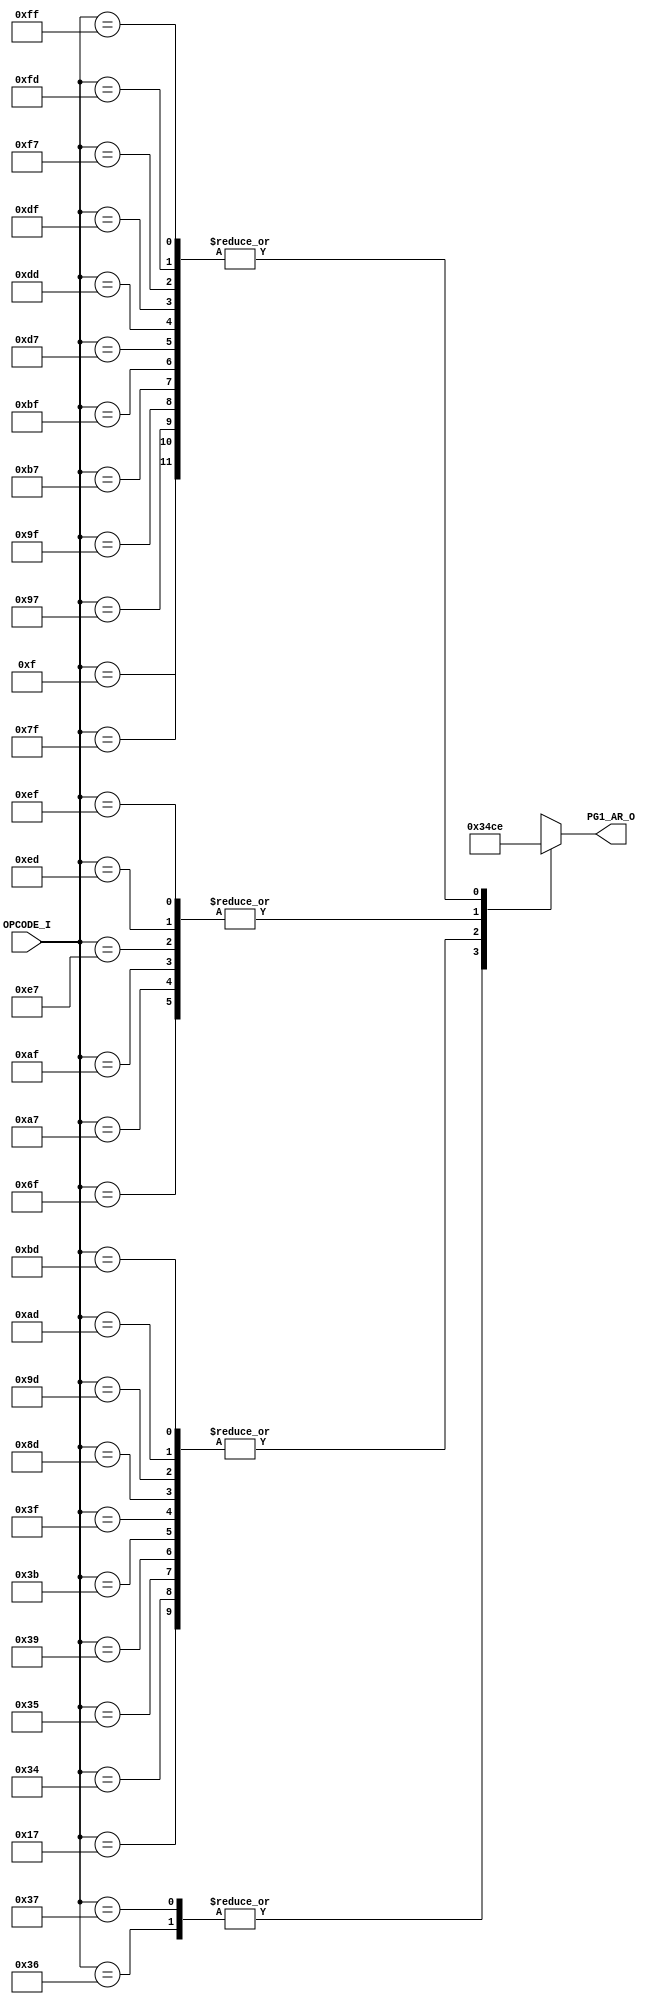
// [TURBO9_DECODE_HEADER_START]
//////////////////////////////////////////////////////////////////////////////
//                          Turbo9 Microprocessor IP
//////////////////////////////////////////////////////////////////////////////
// Website: www.turbo9.org
// Contact: team[at]turbo9[dot]org
//////////////////////////////////////////////////////////////////////////////
// [TURBO9_DECODE_LICENSE_START]
// BSD-1-Clause
//
// Copyright (c) 2020-2023
// Kevin Phillipson
// Michael Rywalt
// All rights reserved.
//
// Redistribution and use in source and binary forms, with or without
// modification, are permitted provided that the following conditions are met:
//
// 1. Redistributions of source code must retain the above copyright notice,
//    this list of conditions and the following disclaimer.
//
// THIS SOFTWARE IS PROVIDED BY THE COPYRIGHT HOLDERS AND CONTRIBUTORS "AS IS"
// AND ANY EXPRESS OR IMPLIED WARRANTIES, INCLUDING, BUT NOT LIMITED TO, THE
// IMPLIED WARRANTIES OF MERCHANTABILITY AND FITNESS FOR A PARTICULAR PURPOSE
// ARE DISCLAIMED. IN NO EVENT SHALL THE COPYRIGHT HOLDERS AND CONTRIBUTORS BE
// LIABLE FOR ANY DIRECT, INDIRECT, INCIDENTAL, SPECIAL, EXEMPLARY, OR
// CONSEQUENTIAL DAMAGES (INCLUDING, BUT NOT LIMITED TO, PROCUREMENT OF
// SUBSTITUTE GOODS OR SERVICES; LOSS OF USE, DATA, OR PROFITS; OR BUSINESS
// INTERRUPTION) HOWEVER CAUSED AND ON ANY THEORY OF LIABILITY, WHETHER IN
// CONTRACT, STRICT LIABILITY, OR TORT (INCLUDING NEGLIGENCE OR OTHERWISE)
// ARISING IN ANY WAY OUT OF THE USE OF THIS SOFTWARE, EVEN IF ADVISED OF THE
// POSSIBILITY OF SUCH DAMAGE.
// [TURBO9_DECODE_LICENSE_END]
//////////////////////////////////////////////////////////////////////////////
// Description:
// Assembled from turbo9_urtl.asm file
// built using cv_AR_SEL ctrl_vec
//
//////////////////////////////////////////////////////////////////////////////
// History:
// 07.14.2023 - Kevin Phillipson
//   File header added
//
//////////////////////////////////////////////////////////////////////////////
// [TURBO9_DECODE_HEADER_END]

/////////////////////////////////////////////////////////////////////////////
//                                MODULE
/////////////////////////////////////////////////////////////////////////////
module turbo9_urtl_decode_pg1_AR(
  input      [7:0] OPCODE_I,
  output reg [3:0] PG1_AR_O
);

/////////////////////////////////////////////////////////////////////////////
//                                LOGIC
/////////////////////////////////////////////////////////////////////////////

always @* begin
  case (OPCODE_I)
    8'h0F : PG1_AR_O = 4'he; // IDATA       CLR (dir ext)
    8'h17 : PG1_AR_O = 4'h4; // S           BSR LBSR
    8'h34 : PG1_AR_O = 4'h4; // S           PSHS
    8'h35 : PG1_AR_O = 4'h4; // S           PULS
    8'h36 : PG1_AR_O = 4'h3; // U           PSHU
    8'h37 : PG1_AR_O = 4'h3; // U           PULU
    8'h39 : PG1_AR_O = 4'h4; // S           RTS
    8'h3B : PG1_AR_O = 4'h4; // S           RTI
    8'h3F : PG1_AR_O = 4'h4; // S           SWI
    8'h6F : PG1_AR_O = 4'hc; // EA          CLR (idx)
    8'h7F : PG1_AR_O = 4'he; // IDATA       CLR (dir ext)
    8'h8D : PG1_AR_O = 4'h4; // S           BSR LBSR
    8'h97 : PG1_AR_O = 4'he; // IDATA       STA (dir ext)
    8'h9D : PG1_AR_O = 4'h4; // S           JSR (dir ext)
    8'h9F : PG1_AR_O = 4'he; // IDATA       STX (dir ext)
    8'hA7 : PG1_AR_O = 4'hc; // EA          STA (idx)
    8'hAD : PG1_AR_O = 4'h4; // S           JSR (idx)
    8'hAF : PG1_AR_O = 4'hc; // EA          STX (idx)
    8'hB7 : PG1_AR_O = 4'he; // IDATA       STA (dir ext)
    8'hBD : PG1_AR_O = 4'h4; // S           JSR (dir ext)
    8'hBF : PG1_AR_O = 4'he; // IDATA       STX (dir ext)
    8'hD7 : PG1_AR_O = 4'he; // IDATA       STB (dir ext)
    8'hDD : PG1_AR_O = 4'he; // IDATA       STD (dir ext)
    8'hDF : PG1_AR_O = 4'he; // IDATA       STU (dir ext)
    8'hE7 : PG1_AR_O = 4'hc; // EA          STB (idx)
    8'hED : PG1_AR_O = 4'hc; // EA          STD (idx)
    8'hEF : PG1_AR_O = 4'hc; // EA          STU (idx)
    8'hF7 : PG1_AR_O = 4'he; // IDATA       STB (dir ext)
    8'hFD : PG1_AR_O = 4'he; // IDATA       STD (dir ext)
    8'hFF : PG1_AR_O = 4'he; // IDATA       STU (dir ext)
    default : PG1_AR_O = 4'hx; // from decode_init
  endcase
end

`ifdef SIM_TURBO9

reg [(8*64):0] PG1_AR_op;

always @* begin
  case (OPCODE_I)
    8'h0F : PG1_AR_op = "CLR (dir ext)";
    8'h17 : PG1_AR_op = "BSR LBSR";
    8'h34 : PG1_AR_op = "PSHS";
    8'h35 : PG1_AR_op = "PULS";
    8'h36 : PG1_AR_op = "PSHU";
    8'h37 : PG1_AR_op = "PULU";
    8'h39 : PG1_AR_op = "RTS";
    8'h3B : PG1_AR_op = "RTI";
    8'h3F : PG1_AR_op = "SWI";
    8'h6F : PG1_AR_op = "CLR (idx)";
    8'h7F : PG1_AR_op = "CLR (dir ext)";
    8'h8D : PG1_AR_op = "BSR LBSR";
    8'h97 : PG1_AR_op = "STA (dir ext)";
    8'h9D : PG1_AR_op = "JSR (dir ext)";
    8'h9F : PG1_AR_op = "STX (dir ext)";
    8'hA7 : PG1_AR_op = "STA (idx)";
    8'hAD : PG1_AR_op = "JSR (idx)";
    8'hAF : PG1_AR_op = "STX (idx)";
    8'hB7 : PG1_AR_op = "STA (dir ext)";
    8'hBD : PG1_AR_op = "JSR (dir ext)";
    8'hBF : PG1_AR_op = "STX (dir ext)";
    8'hD7 : PG1_AR_op = "STB (dir ext)";
    8'hDD : PG1_AR_op = "STD (dir ext)";
    8'hDF : PG1_AR_op = "STU (dir ext)";
    8'hE7 : PG1_AR_op = "STB (idx)";
    8'hED : PG1_AR_op = "STD (idx)";
    8'hEF : PG1_AR_op = "STU (idx)";
    8'hF7 : PG1_AR_op = "STB (dir ext)";
    8'hFD : PG1_AR_op = "STD (dir ext)";
    8'hFF : PG1_AR_op = "STU (dir ext)";
    default : PG1_AR_op = "invalid";
  endcase
end

reg [(8*64):0] PG1_AR_eq;

always @* begin
  case (OPCODE_I)
    8'h0F : PG1_AR_eq = "IDATA";
    8'h17 : PG1_AR_eq = "S";
    8'h34 : PG1_AR_eq = "S";
    8'h35 : PG1_AR_eq = "S";
    8'h36 : PG1_AR_eq = "U";
    8'h37 : PG1_AR_eq = "U";
    8'h39 : PG1_AR_eq = "S";
    8'h3B : PG1_AR_eq = "S";
    8'h3F : PG1_AR_eq = "S";
    8'h6F : PG1_AR_eq = "EA";
    8'h7F : PG1_AR_eq = "IDATA";
    8'h8D : PG1_AR_eq = "S";
    8'h97 : PG1_AR_eq = "IDATA";
    8'h9D : PG1_AR_eq = "S";
    8'h9F : PG1_AR_eq = "IDATA";
    8'hA7 : PG1_AR_eq = "EA";
    8'hAD : PG1_AR_eq = "S";
    8'hAF : PG1_AR_eq = "EA";
    8'hB7 : PG1_AR_eq = "IDATA";
    8'hBD : PG1_AR_eq = "S";
    8'hBF : PG1_AR_eq = "IDATA";
    8'hD7 : PG1_AR_eq = "IDATA";
    8'hDD : PG1_AR_eq = "IDATA";
    8'hDF : PG1_AR_eq = "IDATA";
    8'hE7 : PG1_AR_eq = "EA";
    8'hED : PG1_AR_eq = "EA";
    8'hEF : PG1_AR_eq = "EA";
    8'hF7 : PG1_AR_eq = "IDATA";
    8'hFD : PG1_AR_eq = "IDATA";
    8'hFF : PG1_AR_eq = "IDATA";
    default : PG1_AR_eq = "invalid";
  endcase
end

`endif

/////////////////////////////////////////////////////////////////////////////

endmodule